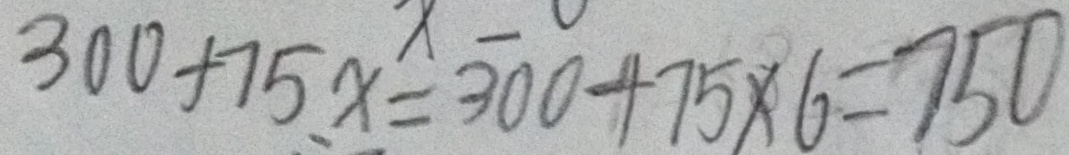
3 0 0 + 7 5 x = 3 0 0 + 7 5 \times 6 = 7 5 0